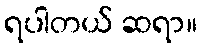
ရပါတယ် ဆရာ။